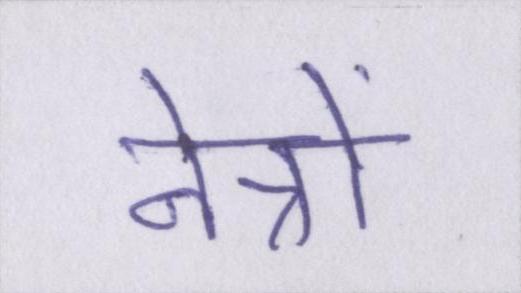
नेत्रों